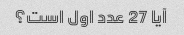
آیا 27 عدد اول است؟